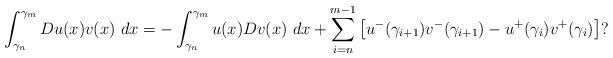
LaTeX: \begin{align*}\int_{\gamma _{n}}^{\gamma _{m}}Du(x)v(x)\ dx=-\int_{\gamma _{n}}^{\gamma_{m}}u(x)Dv(x)\ dx+\sum_{i=n}^{m-1}\left[ u^{-}(\gamma _{i+1})v^{-}(\gamma_{i+1})-u^{+}(\gamma _{i})v^{+}(\gamma _{i})\right] ? \end{align*}